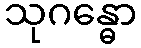
သုဂန္ဓော